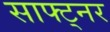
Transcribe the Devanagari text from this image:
साफ्ट्नर